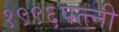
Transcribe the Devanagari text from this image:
१९९६पत्त्नी